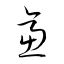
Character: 逼